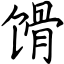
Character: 馉